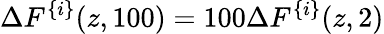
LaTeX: \Delta F^{\{ i\} }(z,100)=100\Delta F^{\{ i\} }(z,2)